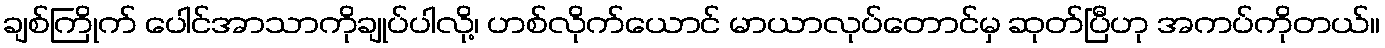
ချစ်ကြိုက် ပေါင်အာသာကိုချုပ်ပါလို့၊ ဟစ်လိုက်ယောင် မာယာလုပ်တောင်မှ ဆုတ်ပြီဟု အကပ်ကိုတယ်။